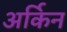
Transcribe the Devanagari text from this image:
अर्किन